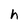
Character: h